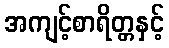
အကျင့်စာရိတ္တနှင့်